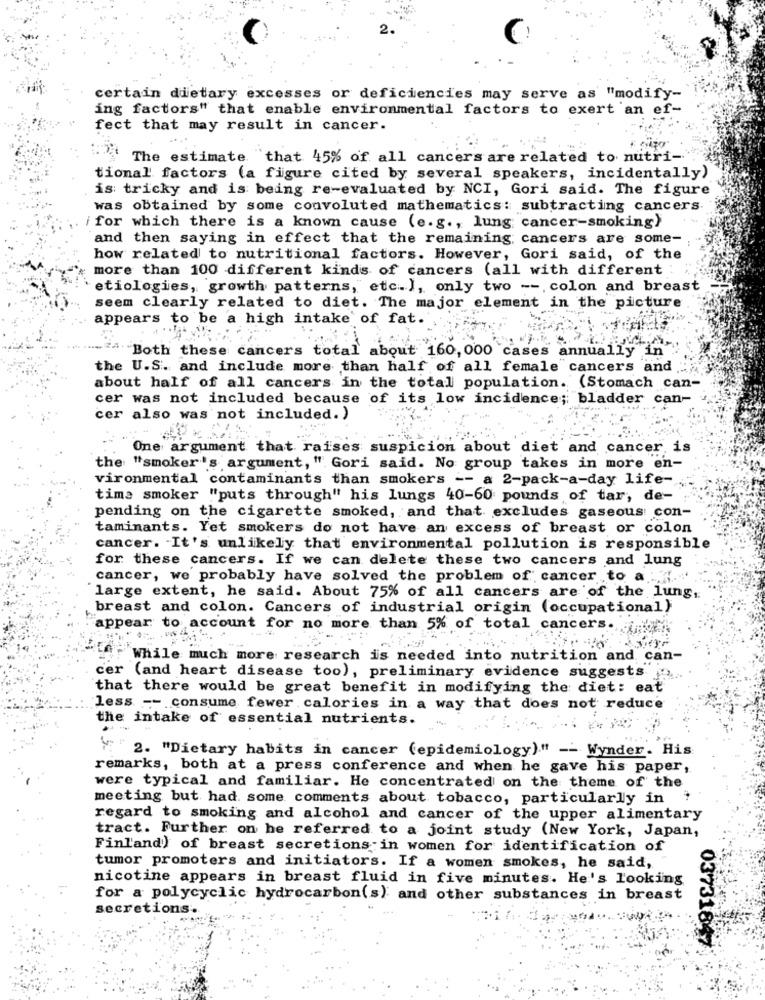
certain dietary excesses or deficiencies may serve as "modify-
ing factors" that enable environmental factors to exert an ef-
fect that may result in cancer.
The estimate that 45% of all cancers are related to nutri-
tional factors (a figure cited by several speakers, incidentally)
is tricky and is being re-evaluated by NCI, Gori said. The figure
was obtained by some convoluted mathematics: subtracting cancers
for which there is a known cause (e.g ., lung cancer-smoking)
and then saying in effect that the remaining, cancers are some-
how related to nutritional factors. However, Gori said, of the
more than 100 different kinds of cancers (all with different
etiologies, growth patterns, etc.), only two --. colon and breast
seem clearly related to diet. The major element in the picture
appears to be a high intake of fat.
"Both these cancers total about 160, 000 cases annually in
the U.S. and include more than half of all female cancers and
about half of all cancers in the total population. (Stomach can-
cer was not included because of its low incidence; bladder can-
cer also was not included. )
One argument that raises suspicion about diet and cancer, is
the "smoker's argument, " Gori said. No group takes in more en-
vironmental contaminants than smokers -- a 2-pack-a-day life-
time smoker "puts through" his lungs 40-60 pounds of tar, de-
pending on the cigarette smoked, and that excludes gaseous con-
taminants. Yet smokers do not have an excess of breast or colon
cancer. "It's unlikely that environmental pollution is responsible
for these cancers. If we can delete these two cancers and lung
cancer, we probably have solved the problem of cancer to a ....
large extent, he said. About 75% of all cancers are of the lung,
breast and colon. Cancers of industrial origin (occupational)
appear to account for no more than 5% of total cancers.
While much more research is needed into nutrition and can-
cer (and heart disease too), preliminary evidence suggests
that there would be great benefit in modifying the diet: eat
less -- consume fewer calories in a way that does not reduce
the intake of essential nutrients.
2. "Dietary habits in cancer (epidemiology)." -- Wynder. His
remarks, both at a press conference and when he gave his paper,
were typical and familiar. He concentrated on the theme of the
meeting but had some comments about tobacco, particularly in
regard to smoking and alcohol and cancer of the upper alimentary
tract. Further on he referred to a joint study (New York, Japan,
Finland) of breast secretions in women for identification of
tumor promoters and initiators. If a women smokes, he said,
nicotine appears in breast fluid in five minutes. He's looking
for a polycyclic hydrocarbon(s) and other substances in breast
secretions.
03731847